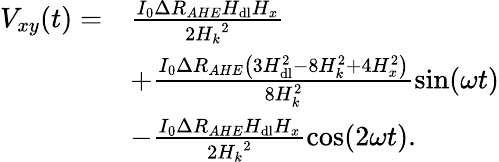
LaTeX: \begin{array}{rl}{V_{xy}(t)=}&{\frac{I_{0}\Delta R_{AHE}H_{\mathrm{dl}}H_{x}}{2{H_{k}}^{2}}}\\ &{+\frac{I_{0}\Delta R_{AHE}\left(3H_{\mathrm{dl}}^{2}-8H_{k}^{2}+4H_{x}^{2}\right)}{8H_{k}^{2}}\sin(\omega t)}\\ &{-\frac{I_{0}\Delta R_{AHE}H_{\mathrm{dl}}H_{x}}{2{H_{k}}^{2}}\cos(2\omega t).}\end{array}